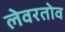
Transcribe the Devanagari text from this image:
लेवरतोव